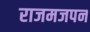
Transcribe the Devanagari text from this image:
राजमजपन